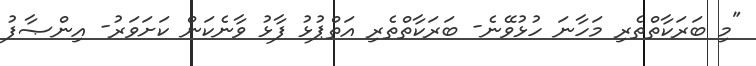
"މި ބަރަކާތްތެރި މަހާނަ ހުޅުވޭނެ- ބަރަކާތްތެރި އަތްޕުޅު ފާޅު ވާނެކަން ކަށަވަރު- އިންޞާފު